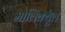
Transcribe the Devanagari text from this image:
मोलिक्यूल